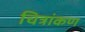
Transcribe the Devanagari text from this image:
चित्रांकण